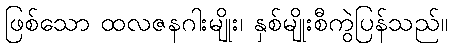
ဖြစ်သော ထလဇနဂါးမျိုး၊ နှစ်မျိုးစီကွဲပြန်သည်။